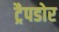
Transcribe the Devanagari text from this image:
ट्रैपडोर